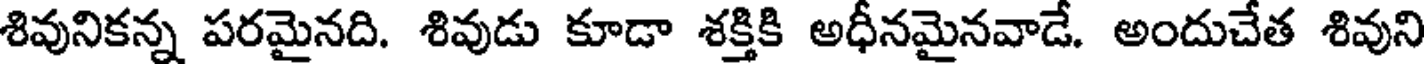
శివునికన్న పరమైనది. శివుడు కూడా శక్తికి అధీనమైనవాడే. అందుచేత శివుని